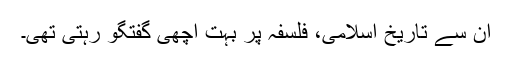
ان سے تاریخ اسلامی، فلسفہ پر بہت اچھی گفتگو رہتی تھی۔